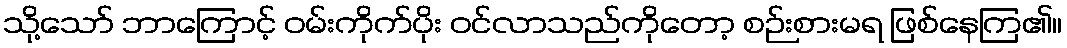
သို့သော် ဘာကြောင့် ဝမ်းကိုက်ပိုး ဝင်လာသည်ကိုတော့ စဉ်းစားမရ ဖြစ်နေကြ၏။